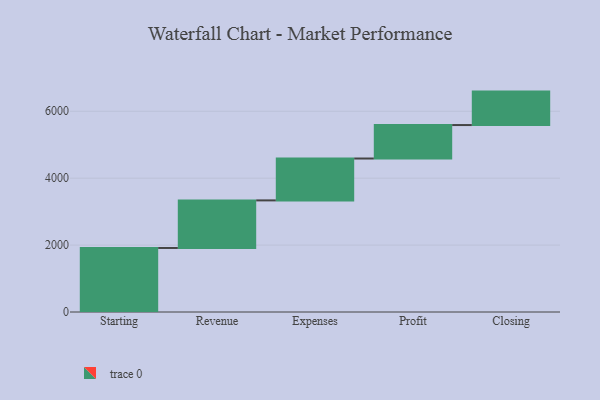
{"axis": {"x": "Step", "y": "Value"}, "legend": [""], "data": [{"x": "Starting", "y": 1914.0, "type": ""}, {"x": "Revenue", "y": 1422.0, "type": ""}, {"x": "Expenses", "y": 1252.0, "type": ""}, {"x": "Profit", "y": 1000, "type": ""}, {"x": "Closing", "y": 1000, "type": ""}]}